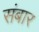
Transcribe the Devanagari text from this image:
संबार